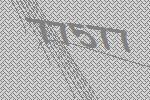
77577